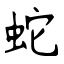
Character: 蛇